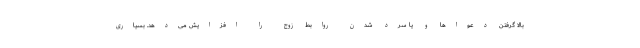
بالا گرفتن دعواها و یا سرد شدن روابط زوج را افزایش می‌دهد. بسیاری